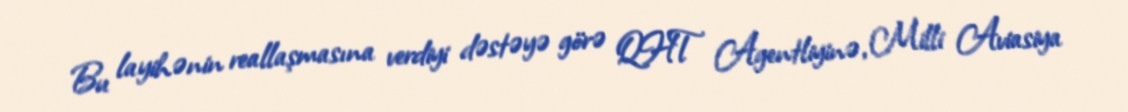
Bu layihənin reallaşmasına verdiyi dəstəyə görə QHT Agentliyinə, Milli Aviasiya